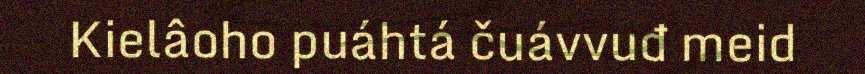
Kielâoho puáhtá čuávvuđ meid